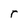
Character: r